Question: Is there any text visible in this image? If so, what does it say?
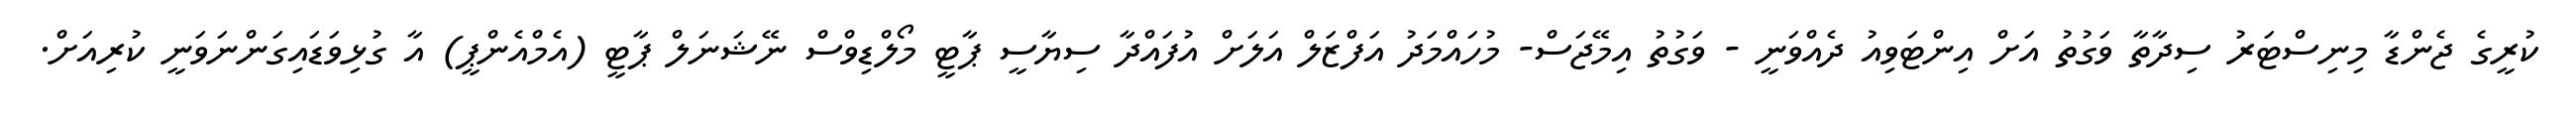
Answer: ކުރީގެ ޖެންޑާ މިނިސްޓަރު ސިދާތާ ވަގުތު އަށް އިންޓަވިއު ދެއްވަނީ - ވަގުތު އިމޭޖަސް- މުހައްމަދު އަފްޒަލް އަލަށް އުފައްދާ ސިޔާސީ ޕާޓީ މޯލްޑިވްސް ނޭޝަނަލް ޕާޓީ (އެމްއެންޕީ) އާ ގުޅިވަޑައިގަންނަވަނީ ކުރިއަށް.